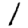
Digit: 1